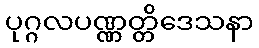
ပုဂ္ဂလပဏ္ဏတ္တိဒေသနာ